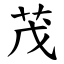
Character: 茂